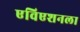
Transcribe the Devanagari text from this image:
एविएशनला